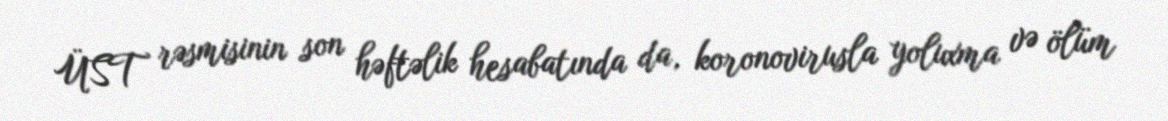
ÜST rəsmisinin son həftəlik hesabatında da, koronovirusla yoluxma və ölüm